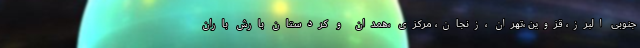
جنوبی البرز، قزوین ،تهران ،زنجان، مرکزی ،همدان و کردستان بارش باران